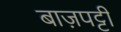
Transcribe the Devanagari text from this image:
बाज़पट्टी